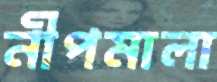
নীপমালা